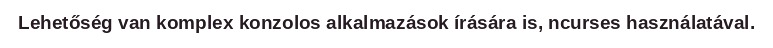
Lehetőség van komplex konzolos alkalmazások írására is, ncurses használatával.